Indian journal of veterinary science and animal husbandry - Volume 1,
Year: 1931
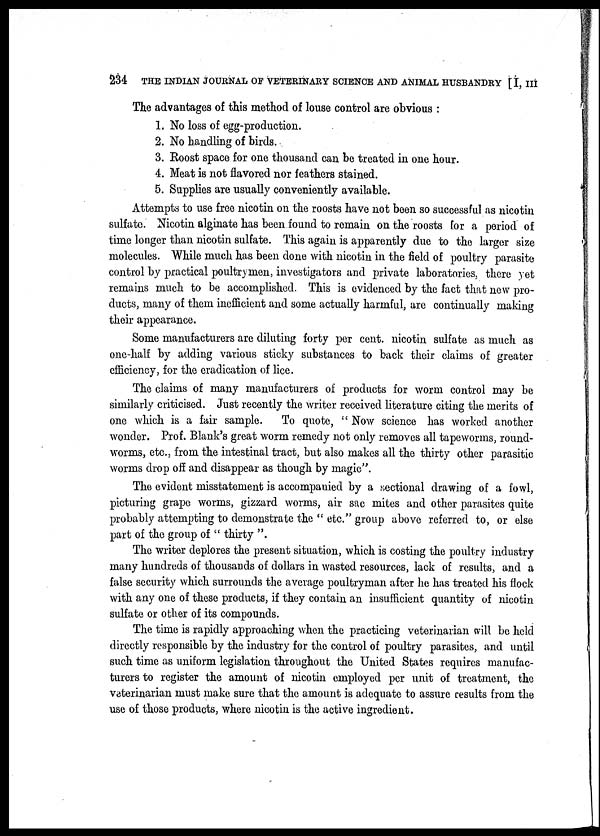
234 THE INDIAN JOURNAL OF VETERINARY SCIENCE AND ANIMAL HUSBANDRY [I, III
The advantages of this method of louse control are obvious :
1. No loss of egg-production.
2. No handling of birds.
3. Roost space for one thousand can be treated in one hour.
4. Meat is not flavored nor feathers stained.
5. Supplies are usually conveniently available.
Attempts to use free nicotin on the roosts have not been so successful as nicotin
sulfate. Nicotin alginate has been found to remain on the roosts for a period of
time longer than nicotin sulfate. This again is apparently due to the larger size
molecules. While much has been done with nicotin in the field of poultry parasite
control by practical poultrymen, investigators and private laboratories, there yet
remains much to be accomplished. This is evidenced by the fact that new pro-
ducts, many of them inefficient and some actually harmful, are continually making
their appearance.
Some manufacturers are diluting forty per cent. nicotin sulfate as much as
one-half by adding various sticky substances to back their claims of greater
efficiency, for the eradication of lice.
The claims of many manufacturers of products for worm control may be
similarly criticised. Just recently the writer received literature citing the merits of
one which is a fair sample. To quote, " Now science has worked another
wonder. Prof. Blank's great worm remedy not only removes all tapeworms, round-
worms, etc., from the intestinal tract, but also makes all the thirty other parasitic
worms drop off and disappear as though by magic".
The evident misstatement is accompanied by a sectional drawing of a fowl,
picturing grape worms, gizzard worms, air sac mites and other parasites quite
probably attempting to demonstrate the " etc." group above referred to, or else
part of the group of " thirty ".
The writer deplores the present situation, which is costing the poultry industry
many hundreds of thousands of dollars in wasted resources, lack of results, and a
false security which surrounds the average poultryman after he has treated his flock
with any one of these products, if they contain an insufficient quantity of nicotin
sulfate or other of its compounds.
The time is rapidly approaching when the practicing veterinarian will be held
directly responsible by the industry for the control of poultry parasites, and until
such time as uniform legislation throughout the United States requires manufac-
turers to register the amount of nicotin employed per unit of treatment, the
veterinarian must make sure that the amount is adequate to assure results from the
use of those products, where nicotin is the active ingredient.